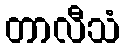
တာလီသံ